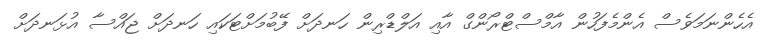
އެހެންނަމަވެސް އެންމެފަހުން އާމްސްޓްރޯންގް އާއި އަލްޑްރިން ހަނދަށް ފޭބުމަށްޓަކައި ހަނދަށް ޖައްސާ އުޅަނދަށް